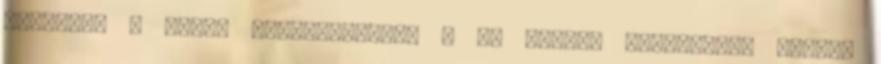
sütőpor. A barna tésztalaphoz: . Ma valami krumplisat voltam